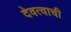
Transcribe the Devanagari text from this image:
देवत्वाची